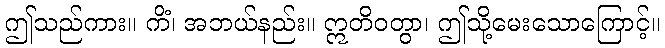
ဤသည်ကား။ ကိံ၊ အဘယ်နည်း။ ဣတိဝတွာ၊ ဤသို့မေးသောကြောင့်။